Civil Veterinary Dept. Bombay admin report 1907-1913 - 1907-1913
Year: 1907
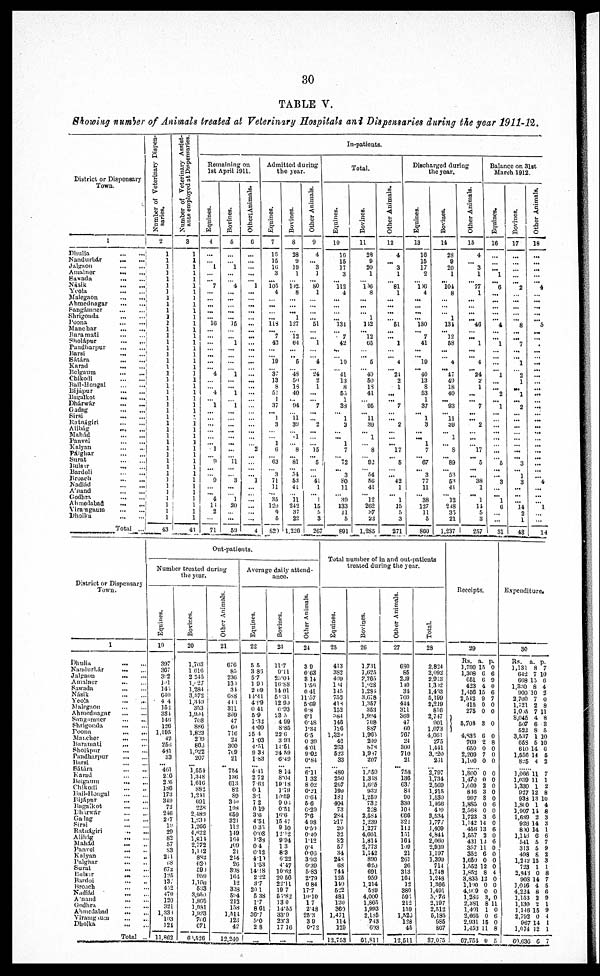
30
TABLE V.
Showing number of Animals treated at Veterinary Hospitals and Dispensaries during the year 1911-12.
District or Dispensary
Town.
1
Dhulia ... ...
Nandurbár ... ...
Jalgaon ... ...
Amalner ... ...
Sawada ... ...
Násik ... ...
Yeola ... ...
Malegaon ... ...
Ahmednagar ... ...
Sangámner ... ...
Shrigonda ... ...
Poona ... ...
Manchar ... ...
Raramati ... ...
Sholápur ... ...
Pandharpur ... ...
Barsi ... ...
Sátára ... ...
Karad ... ...
Belgaum ... ...
Chikodi ... ...
Bail-Hongal ... ...
Bijápur ... ...
Bagalkot ... ...
Dhárwár ... ...
Gadag ... ...
Sirsi ... ...
Ratnágiri ... ...
Alibág ... ...
Mahád ... ...
Panvel ... ...
Kalyan ... ...
Pálghar ... ...
Surat ... ...
Bulsar ... ...
Bardoli ... ...
Broach … …
Nadiád ... ...
A'nand ... ...
Godhra ... ...
Ahmedabad ... ...
Viramgaum ... ...
Dhoika ... ...
Total ...
Number of Veterinary Dispen-
saries.
2
1
1
1
1
1 1
1
1
1 1
1
1
1
1
1
1
1
1
1
1
1
1
1
1
1
1
1 1
1
1 1
1
1
1
1
1
1
1
1
1
1
1
1
43
Number of Veterinary Assist-
ants employed at Dispensaries.
3
1
1
1
1
1
1
1
1 1
1
1
1
1
1
1
1
1
1
1
1
1
1
1
1
1
1
1
1
1
1
1
1
1
1
1
1
1
1
1
1
1
1
1
43
In-patients.
Remaining on
1st April 1911.
Equines.
4
…
…
1
…
…
7
…
…
...
...
... 16
…
…
…
…
...
…
…
4
…
… 4
… 1
…
…
…
…
…
… 1
… 9
…
…
9
…
… 4
16 2
…
71
Bovines.
5
…
…
1
…
…
4
…
…
…
...
…
15
…
…
1
…
…
…
… 1
…
… 1
… 1
…
…
…
…
…
...
…
… 11
…
… 3
…
… 1
20
…
…
59
Other Animals.
6
…
…
…
…
… 1
...
…
...
...
…
...
…
...
…
...
…
...
…
…
...
…
...
…
…
…
…
…
…
…
… 2
…
…
…
… 1
…
…
…
…
…
…
4
Admitted during
the year.
Equines.
7
16
15
16 3
... 105
4
…
…
…
…
118
…
7 42
…
…
19
…
37 13
8
51 1
37
...
1
3
…
… 1
6
…
63
…
3 71
11
… 35
120 9
5
820
Bovines.
8
28
9
19
1
… 102.
8
…
…
... 1
127
… 12
64
…
... 6
…
48
50
18 40
…
94
…
11
39
…
1
…
8
… 81
... 54
53
41
… 11
242
37
22
1,226
Other Animals.
9
4
... 3
1
…
80 1
…
…
…
…
51
…
…
1
...
… 4
… 24 2
1
…
… 7
...
… 2
…
…
… 15
… 5
…
…
41 1
… 1
15
… 3
267
Total.
Equines.
10
16
15
17
3
... 112
4
…
…
…
… 134
… 7 42
...
… 19
… 41 13
8
55
1
33
… 1 3
… ... 1
7
… 72
… 3
80
11
… 39
133
11 5
691
Bovines.
11
28
9
20
1
… 106
8
...
...
… 1
142
… 112
65
… ... 5
… 49
60
18
41
… 95
… 11 39
… 1
… 8
… 92
… 54
56
41
… 12
262
37
22
1,285
Other Animals.
12
4
... 3
1
… 81
1
...
...
...
… 51
… ... 1
… ... 4
... 21
2
1
...
… 7
… ... 2
…
… ... 17
… 5
…
… 42
1
… 1
15
5
3
271
Discharged during
the year.
Equines.
13
16
15
17
2
… 106
4
...
...
...
… 130
... 7
41
… ... 19
... 40
13
8
53
1
37
... 1
3
... ... 1
7
... 67
... 3
77
11
... 38
127
11
5
860
Bovines.
14
28
9
20
1
... 104
8
…
…
… 1
134
... 12
58
...
… 4
... 47
49
18
40
... 93
… 11 39
… 1
… 8
... 89
... 53
53 41
... 12
248
35
21
1,237
Other Animals.
15
4
... 3
1
... 77
1
...
… ...
... 46
… ... 1
...
... 4
… 24
2
1
...
… 7
...
... 2
… ...
… 17
... 5
...
... 38
1
... 1
11
5
3
257
Balance on 31st
March 1912.
Equines.
16
…
…
... 1
... 6
...
...
…
...
… 4
…
…
1
…
...
…
…
1
...
…
2
... 1
…
…
…
... ...
…
...
… 5
...
… 3
...
... 1
6
...
…
31
Bovines.
17
...
…
…
…
… 2
…
…
...
…
... 8
...
... 7
...
1
… 2
1
... 1
... 2
…
…
…
…
…
…
...
... 3
… 1
3
...
…
... 14
2
1
48
Other Animals.
18
...
...
...
…
... 4
…
...
...
...
... 5
...
… …
...
...
...
...
...
…
...
...
…
…
…
... ...
…
…
…
...
...
...
…
…
4
...
…
…
1
…
…
14
District or Dispensary
Town.
1
Dhulia ... ...
Nandurbár ... ...
Jalgaon ... ...
Amalner ... ...
Sawada ... ...
Násik ... ...
Yeola ... ...
Malegaon ... ...
Ahmednagar ... ...
Sangamner ... ...
Shrigonda ... ...
Poona ... ...
Mancher ... ...
Baramati ... ...
Sholápur ... ...
Pandharpur ... ...
Barsi ...
Sátára ... ...
Karad ... ...
Beigaum ... ...
Chikodi ... ...
Bail-Hongal ... ...
Bijápur ... ...
Bagalkot ... ...
Dharwar ... ...
Gadag ... ...
Sirsi ... ...
Ratnágiri ... ...
Alibág ... ...
Mahád ... ...
Panvel ... ...
Kalyan ... ...
Palghar ... ...
Surat ... ...
Bulsar ... ...
Bardoi ... ...
Broach
…
…
Nadiád
...
...
Anand ... ...
Godhra ... ...
Ahmedabad ... ...
Viramgaum ... ...
Dholka ... ...
Total ...
Out-patients.
Number treated during
the year.
Equines.
19
397
367
392
181
145
640
44
152
384
145
126
1,195
42
256
431
33
... 461
220
226
186
173
349
72
216
217
19
29
82
57
33
211
68
672 125
137
412
170
120
321
1,333
103
121
11,862
Bovines.
20
1,703
1,616 2 245
1,627
1,284
3,572
1,319
353
1,994
708
886
1,823
219
866
1,922
207
...
1,554 1,348
1,616
882
1,241
691
228
2,489
1,231
1,266
4,622
1,814
2,772
1,112
882
620
590
959
1,160 533
3,950
1,865
1,981
1,923
766
671
60,526
Other Animals.
21
676
85
236
130
34
688
443 311
369 47
60
716 24
300
709
21
...
754
136 613
82
89
330
108 059
321
112
119
164
109
21
244
26
308
164
12
338
594
212
158
1,514
123
42
12,240
Average daily attend-
ance.
Equines.
22
5.5
3.83
5.7
1.90
2.09
14.41
4.99
0.41
5.9
1.32
4.09
25.4
1.03
4.51
9.38
1.83
...
4.41
2.72
7.63
0.1
3.1
7.2
0.19
3.6
4.51
0.33
0.08 1.38
0.4
0.12
4.10
1.53
14.18
2.22
3.7
20.1
5.38
1.7
8.61
36.7
5.0
2.8
...
Bovines.
23
11.7
9.11
25.04
10.88
14.01
58.31
12.99
0.93
23.5
4.99
8.85
22.6
3.93
14.51
24.59
6.49
...
8 14
8.04
19.18
1.79
10.59
9.06
0.51
16.6
15.47
9.10
12.12
9.94
1.3
8.3
6.22
4.47
10.62
20.56
22.11
19.7
53.82
13.0
14.55
33.9
23.3
17.16
…
Other Animals.
21
3.9
0.63
3.14
1.56
0.41
11.57
5.69
0.8
6.1
0.48 1.34
6.5
0.39
4.01
9.02
0.84
...
6.11
1.32
8.02
0.21
0.64
5.6
0.29
7.6
4 98
0.59
0.40
1.12
0.4
0.06
3.93
0.39
5.83
2.79
0.84
17.7
10.10
17
2.48
25.3
3.9
0.72
...
Total number of in and out-patients
treated during the year.
Equines.
25
413
382
409
184
145
753
418
152
384
146
126
1,329
42
203
523
33
...
480
250
207
199
181
404
73
284
217
20
32
82
57
34
248
68
744
125
140
522
481
120
369
1,471
114
129
12,753
Bovines.
26
1,731
1,625
2,265
1,028
1,234
3,678
1,357
353
1,994
708
887
1,965
209
878
1,987
207
... 1,550
1,348
1,665
932
1,259
732
228
2,584
1,239
1,277
4,661
1,814
2,773
1,142
890
620
691
959
1,214
589
4,000
1,865
1,993
2,185
713
693
61,811
Other Animals.
27
630
85
239
140
34
709
444
311
369
47
60
767
24
300
710
21
...
758
136
637
84
90
330
108
666
321
112
151
161
109
21
261
20
313
161
12
380
595
212
159
1,520
128
45
12,511
Total.
28
2,824
2,092
2,913
1,302
1,413
5,199
2,219
816
2,747
901
1,073
4,061
275
1,441
3,220
231
...
2,797
1,734
2,509
1,215
1,530
1,466
499
3,534
1,777
1,409
4,844
2,000
2,939
1,197
1,399
714
1,748
1,248
1.366
1,491
5, 76
2,197
2,512
5,185
985
867
87,075
Receipts.
29
Rs.
1,790
1,308
651
423
1,456
2,512
415
275
5,708
4,836
709
650
2,209
1,100
..
1,800
1,470
1,009
816
997
1,885
2,568
1,723
1,142
456
1,557
431
357
352
1,659
1,552
1,852
3,835
1,100
4,900
1,286
2,381
1,491
2,665
2,931
1,453
67,75
a.
15
6
6
4
15
9
0
0
3
6
2
0
7
0
.. 0
0
2
3
8
0
0
3
14
13
2
12
11
6
0
12
8
12
0
0
3
8
1
0
15
11
4 0
p.
0
6
9
0
6
7
0
0
0
0
8
0
0
0
.. 0
0
0
0
0
6
0
6
0
6
0
6
0
0
0
0
4
0
0
0
0
11
0
6
0
8
5
Expenditure
30
Rs.
1,131
642
668
1,330
900
2700
1,721
1,095
8,045
507
522
3,537
658
610
1,556
825
..
1,066
1,039
1,330
927
938
1,800
1,907
1,689
926
800
1,145
541
313
498
1,242
723
2,843
908
1,016
4,224
1,153
1,130
1,146
2,792
967
1,074
69,636
a.
8
7
13
8
10
7
2
7
4
6
8
1
5
14
14
4
.. 11
11
1
12
13
1
14
2
14
14
6
5
5
8
15
1
0
14
4
8
2
2
15
0
14
12
6
p.
7
10
6
4
2
0
8
11
8
3
5
10
10
6
5
2
.. 7
1
2
8
10
4
8
3
3
1
6
7
9
2
3
1
8
7
5
6
9
1
9
1
1
1
7